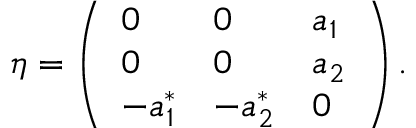
\eta = \left( \begin{array} { l l l } { { 0 } } & { { 0 } } & { { a _ { 1 } } } \\ { { 0 } } & { { 0 } } & { { a _ { 2 } } } \\ { { - a _ { 1 } ^ { * } } } & { { - a _ { 2 } ^ { * } } } & { { 0 } } \end{array} \right) .